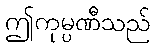
ဤကုမ္ပဏီသည်